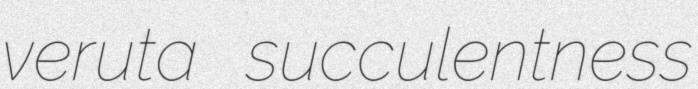
veruta succulentness